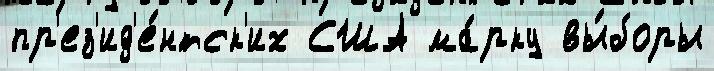
пр'ез'ид'е́нтск'их США ма́рку вы́боры